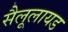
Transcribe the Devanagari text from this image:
सैलूलायड